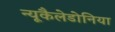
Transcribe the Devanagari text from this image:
न्यूकैलेडोनिया